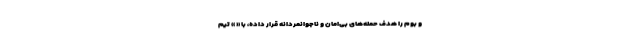
و بوم را هدف حمله‌های بی‌امان و ناجوانمردانه قرار داده، با « » تیم